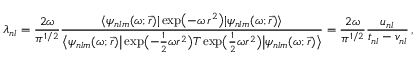
\lambda _ { n l } = \frac { 2 \omega } { \pi ^ { 1 / 2 } } \frac { \langle \psi _ { n l m } ( \omega ; \vec { r } ) | \exp \bigl ( - \omega \, r ^ { 2 } \bigr ) | \psi _ { n l m } ( \omega ; \vec { r } ) \rangle } { \bigl \langle \psi _ { n l m } ( \omega ; \vec { r } ) \big | \exp \bigl ( - \frac { 1 } { 2 } \omega r ^ { 2 } \bigr ) T \exp \bigl ( \frac { 1 } { 2 } \omega r ^ { 2 } \bigr ) \big | \psi _ { n l m } ( \omega ; \vec { r } ) \bigr \rangle } = \frac { 2 \omega } { \pi ^ { 1 / 2 } } \frac { u _ { n l } } { t _ { n l } - v _ { n l } } \, ,